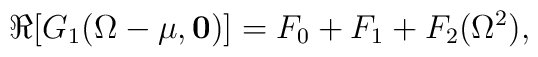
\Re[G_1(\Omega-\mu,{\mathbf 0})]=F_0+F_1+F_2(\Omega^2),